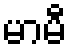
မာမီ